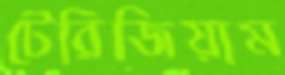
টেরিজিয়াম